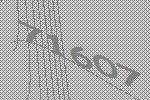
71607